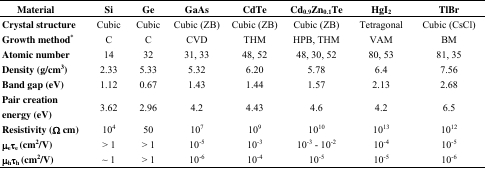
<table><thead><tr><td><b>Material</b></td><td><b>Si</b></td><td><b>Ge</b></td><td><b>GaAs</b></td><td><b>CdTe</b></td><td><b>Cd<sub>0.9</sub>Zn<sub>0.1</sub>Te</b></td><td><b>HgI<sub>2</sub></b></td><td><b>TlBr</b></td></tr></thead><tbody><tr><td><b>Crystal structure</b></td><td>Cubic</td><td>Cubic</td><td>Cubic (ZB)</td><td>Cubic (ZB)</td><td>Cubic (ZB)</td><td>Tetragonal</td><td>Cubic (CsCl)</td></tr><tr><td><b>Growth method*</b></td><td>C</td><td>C</td><td>CVD</td><td>THM</td><td>HPB, THM</td><td>VAM</td><td>BM</td></tr><tr><td><b>Atomic number</b></td><td>14</td><td>32</td><td>31, 33</td><td>48, 52</td><td>48, 30, 52</td><td>80, 53</td><td>81, 35</td></tr><tr><td><b>Density (g/cm<sup>3</sup>)</b></td><td>2.33</td><td>5.33</td><td>5.32</td><td>6.20</td><td>5.78</td><td>6.4</td><td>7.56</td></tr><tr><td><b>Band gap (eV)</b></td><td>1.12</td><td>0.67</td><td>1.43</td><td>1.44</td><td>1.57</td><td>2.13</td><td>2.68</td></tr><tr><td><b>Pair creation energy (eV)</b></td><td>3.62</td><td>2.96</td><td>4.2</td><td>4.43</td><td>4.6</td><td>4.2</td><td>6.5</td></tr><tr><td><b>Resistivity (Ω cm)</b></td><td>10<sup>4</sup></td><td>50</td><td>10<sup>7</sup></td><td>10<sup>9</sup></td><td>10<sup>10</sup></td><td>10<sup>13</sup></td><td>10<sup>12</sup></td></tr><tr><td><b>μ<sub>e</sub>τ<sub>e</sub> (cm<sup>2</sup>/V)</b></td><td>&gt; 1</td><td>&gt; 1</td><td>10<sup>-5</sup></td><td>10<sup>-3</sup></td><td>10<sup>-3</sup> - 10<sup>-2</sup></td><td>10<sup>-4</sup></td><td>10<sup>-5</sup></td></tr><tr><td><b>μ<sub>h</sub>τ<sub>h</sub> (cm<sup>2</sup>/V)</b></td><td>∼ 1</td><td>&gt; 1</td><td>10<sup>-6</sup></td><td>10<sup>-4</sup></td><td>10<sup>-5</sup></td><td>10<sup>-5</sup></td><td>10<sup>-6</sup></td></tr></tbody></table>